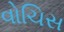
વોચિસ